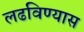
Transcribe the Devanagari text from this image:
लढविण्यास